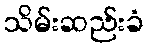
သိမ်းဆည်းခံ